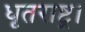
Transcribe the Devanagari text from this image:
धृतराष्ट्र।